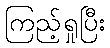
ကြည့်ရှုပြီး